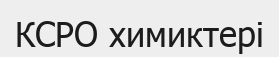
КСРО химиктері